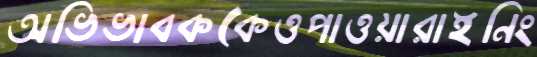
অভিভাবককেওপাওয়ারাইনিং